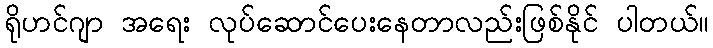
ရိုဟင်ဂျာ အရေး လုပ်ဆောင်ပေးနေတာလည်းဖြစ်နိုင် ပါတယ်။